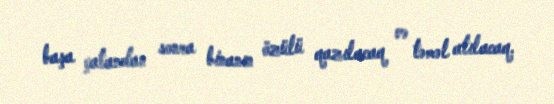
başa çatandan sonra binanın özülü qazılacaq və təməl atılacaq.